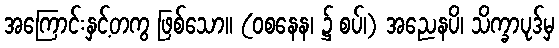
အကြောင်းနှင့်တကွ ဖြစ်သော။ (ဝစနေန၊ ၌ စပ်၊) အညေနပိ၊ သိက္ခာပုဒ်မှ